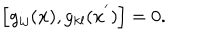
\left[ g _ { i j } ( { \bf x } ) , g _ { k l } ( { \bf x } ^ { ' } ) \right] = 0 .